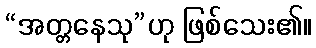
“အတ္တနေသု”ဟု ဖြစ်သေး၏။